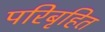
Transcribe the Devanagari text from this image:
परिबृहित